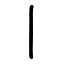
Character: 丨